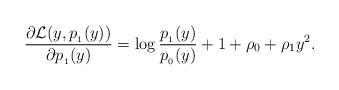
LaTeX: \begin{align*}\frac{\partial \mathcal{L} (y, p_{_1}(y))}{\partial p_{_1}(y)} = \log \frac{p_{_1}(y)}{p_{_0}(y)} + 1 + \rho_0 + \rho_1 y^2.\end{align*}